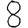
Digit: 8